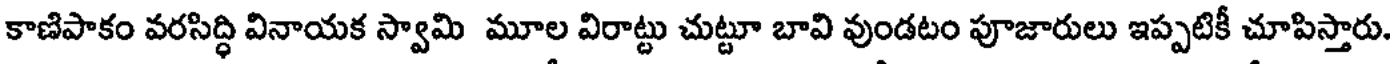
కాణిపాకం వరసిద్ధి వినాయక స్వామి మూల విరాట్టు చుట్టూ బావి వుండటం పూజారులు ఇప్పటికీ చూపిస్తారు.